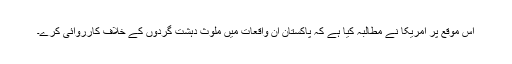
اس موقع پر امریکا نے مطالبہ کیا ہے کہ پاکستان ان واقعات میں ملوث دہشت گردوں کے خلاف کارروائی کرے۔